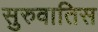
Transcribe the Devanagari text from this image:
सुरुवातिस